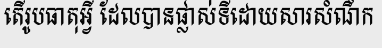
តើរូបធាតុអ្វី ដែលបានផ្លាស់ទីដោយសារសំណឹក